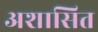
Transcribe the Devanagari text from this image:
अशासित